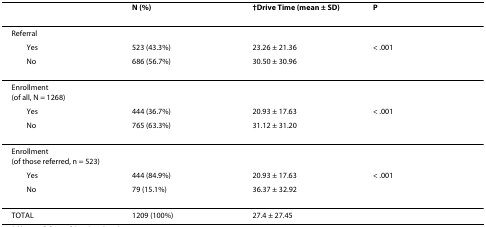
|  | N (%) | †Drive Time (mean ± SD) | P |
 | --- | --- | --- | --- |
 | Referral |  |  |  |
 | Yes | 523 (43.3%) | 23.26 ± 21.36 | < .001 |
 | No | 686 (56.7%) | 30.50 ± 30.96 |  |
 | Enrollment(of all, N = 1268) |  |  |  |
 | Yes | 444 (36.7%) | 20.93 ± 17.63 | < .001 |
 | No | 765 (63.3%) | 31.12 ± 31.20 |  |
 | Enrollment(of those referred, n = 523) |  |  |  |
 | Yes | 444 (84.9%) | 20.93 ± 17.63 | < .001 |
 | No | 79 (15.1%) | 36.37 ± 32.92 |  |
 | TOTAL | 1209 (100%) | 27.4 ± 27.45 |  |